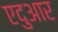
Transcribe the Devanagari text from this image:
एदुआर